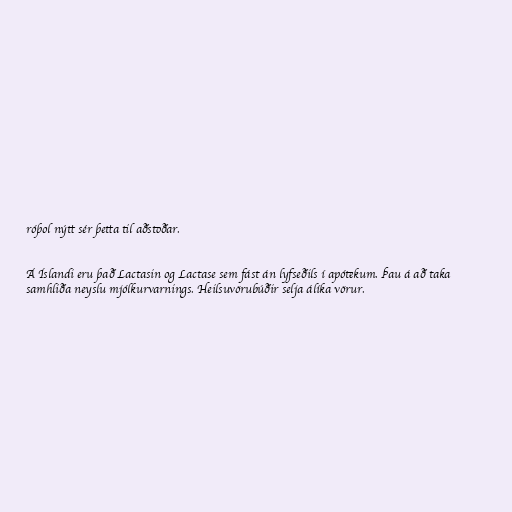
róþol nýtt sér þetta til aðstoðar.

Á Íslandi eru það Lactasin og Lactase sem fást án lyfseðils í apótekum. Þau á að taka
samhliða neyslu mjólkurvarnings. Heilsuvörubúðir selja álíka vörur.